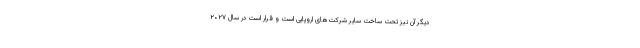
دیگر آن نیز تحت ساخت سایر شرکت‌های اروپایی است و قرار است در سال ۲۰۲۷